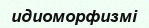
идиоморфизмі